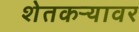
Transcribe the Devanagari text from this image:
शेतकऱ्यावर